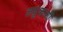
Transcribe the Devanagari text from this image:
लघुकाशी